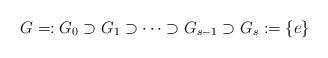
LaTeX: \begin{align*}G=:G_0\supset G_1\supset\cdots\supset G_{s-1}\supset G_s:=\{e\}\end{align*}